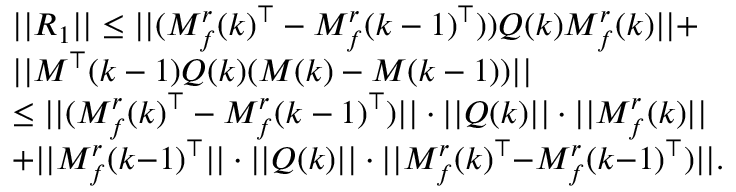
\begin{array} { r l } & { \lvert | R _ { 1 } \rvert | \leq \lvert | ( M _ { f } ^ { r } ( k ) ^ { \top } - M _ { f } ^ { r } ( k - 1 ) ^ { \top } ) ) Q ( k ) M _ { f } ^ { r } ( k ) \rvert | + } \\ & { \lvert | M ^ { \top } ( k - 1 ) Q ( k ) ( M ( k ) - M ( k - 1 ) ) \rvert | } \\ & { \leq \lvert | ( M _ { f } ^ { r } ( k ) ^ { \top } - M _ { f } ^ { r } ( k - 1 ) ^ { \top } ) \rvert | \cdot \lvert | Q ( k ) \rvert | \cdot \lvert | M _ { f } ^ { r } ( k ) \rvert | } \\ & { { + } \lvert | M _ { f } ^ { r } ( k { - } 1 ) ^ { \top } \rvert | \cdot \lvert | Q ( k ) \rvert | \cdot \lvert | M _ { f } ^ { r } ( k ) ^ { \top } { - } M _ { f } ^ { r } ( k { - } 1 ) ^ { \top } ) \rvert | . } \end{array}